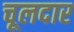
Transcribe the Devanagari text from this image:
चूलदार